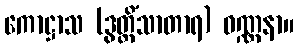
ကောဋ္ဌာသ (ဒွတ္တိံသာတာရ) ဝဏ္ဏနာ။